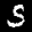
Label: 5